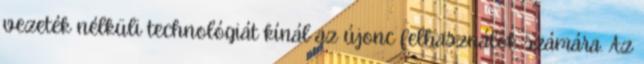
vezeték nélküli technológiát kínál az újonc felhasználók számára. Az